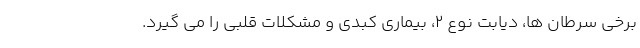
برخی سرطان ها، دیابت نوع 2، بیماری کبدی و مشکلات قلبی را می گیرد.